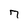
Character: 7